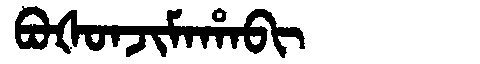
Manchu: ᠪᠣᡧᠣᠨᠵᡳᠮᠠᡥᠠᠪᡳ
Romanization: BOŠONJIMAHABI